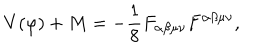
LaTeX: V ( \varphi ) + M = - \frac { 1 } { 8 } F _ { \alpha \beta \mu \nu } F ^ { \alpha \beta \mu \nu } ,